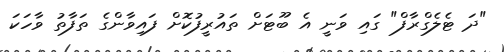
"ދަ ޓެލެގްރާފް" ގައި ވަނީ އެ ބޫޓަށް ތައުރީފުކޮށް ފައިވާންގެ ތަފާތު ވާހަކަ